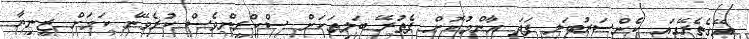
އޭގެތެރޭގައި ކެންސަރުބަލި ފަދަ އާންމުކޮށް ފެތުރޭ ބަލިތަކަށް ސްކްރީންވެސް ކުރެވޭނެ ކަމަށް ޒީނިޔާ